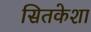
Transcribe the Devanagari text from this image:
सितकेशा